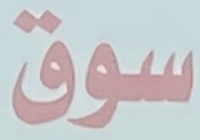
سوق